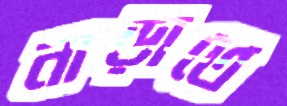
নাড়াতে